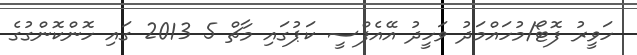
ހަވީރު ފޮޓޯ/މުހައްމަދު ވަހީދު އޭއެފްސީ ކަޕުގައި މާޗް 5 2013 ގައި ހޮންކޮންގުގެ